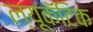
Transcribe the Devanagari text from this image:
ल्यूकॅटिक